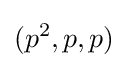
(p^{2},p,p)